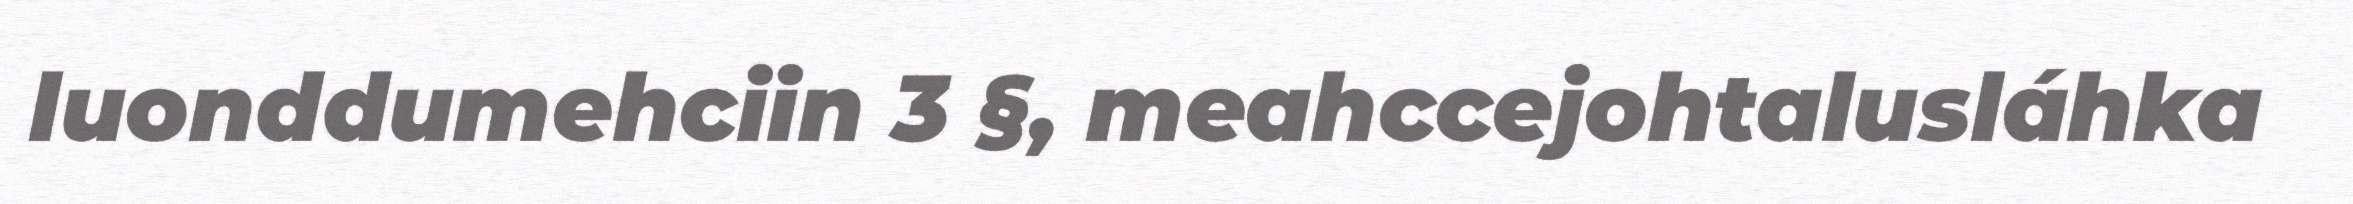
luonddumehciin 3 §, meahccejohtalusláhka